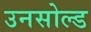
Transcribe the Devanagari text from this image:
उनसोल्ड